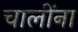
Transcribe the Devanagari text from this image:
चालींना